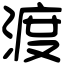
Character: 渡